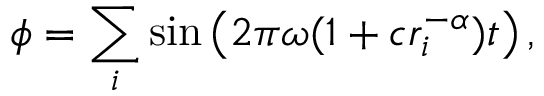
\phi = \sum _ { i } \sin \left( 2 \pi \omega ( 1 + c r _ { i } ^ { - \alpha } ) t \right) ,